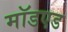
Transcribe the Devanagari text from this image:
मॉडएड